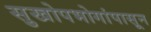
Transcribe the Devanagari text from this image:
सुखोपभोगांपासून